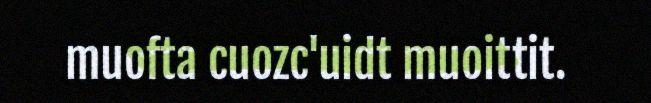
muofta cuozc'uidt muoittit.